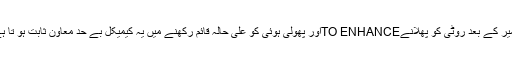
خمیر کے بعد روٹی کو پھلانےTO ENHANCEاور پھولی ہوئی کو علیٰ حالہ قائم رکھنے میں یہ کیمیکل بے حد معاون ثابت ہو تا ہے۔